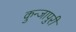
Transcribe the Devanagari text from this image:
कुन्जापुरी